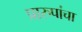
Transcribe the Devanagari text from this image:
प्रारुपांचा